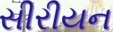
સીરીયન